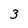
Character: 3